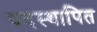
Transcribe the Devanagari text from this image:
पदस्‍थापित